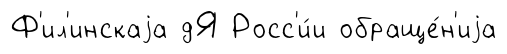
Ф'ил'инскаjа дЯ Росс'и́и обраще́н'иjа